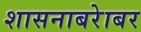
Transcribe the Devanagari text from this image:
शासनाबरेाबर